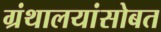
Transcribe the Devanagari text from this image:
ग्रंथालयांसोबत